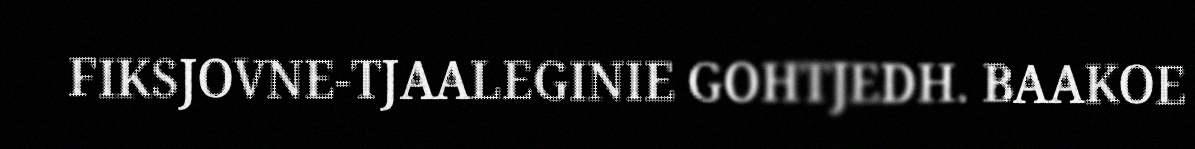
FIKSJOVNE-TJAALEGINIE GOHTJEDH. BAAKOE